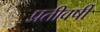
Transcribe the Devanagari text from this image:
प्रतीवर्षी